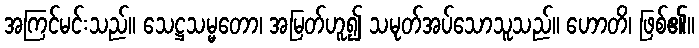
အကြင်မင်းသည်။ သေဋ္ဌသမ္မတော၊ အမြတ်ဟူ၍ သမုတ်အပ်သောသူသည်။ ဟောတိ၊ ဖြစ်၏။